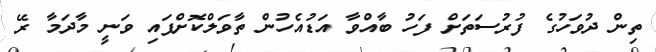
ތިން ދުވަހުގެ ފުރުސަތަށް ފަހު ބާއްވާ އަޑުއެހުން ތާވަލްކޮށްފައި ވަނީ މާދަމާ ރޭ